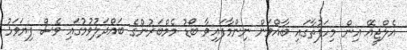
އެލްޖީއޭ އިން މިހަފުތާގައި ބާއްވަން ނިންމާފައިވާ ބޯޑު މެމްބަރުންގެ ބައްދަލުވުމުގައި ވެސް ފިޔަވަޅު